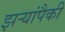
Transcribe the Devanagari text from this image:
झऱ्यांपैकी